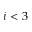
i < 3